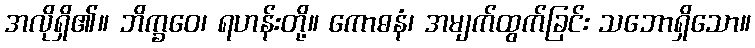
အလိုရှိ၏။ ဘိက္ခဝေ၊ ရဟန်းတို့။ ကောဓနံ၊ အမျက်ထွက်ခြင်း သဘောရှိသော။